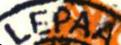
LEPAA